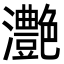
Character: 灔